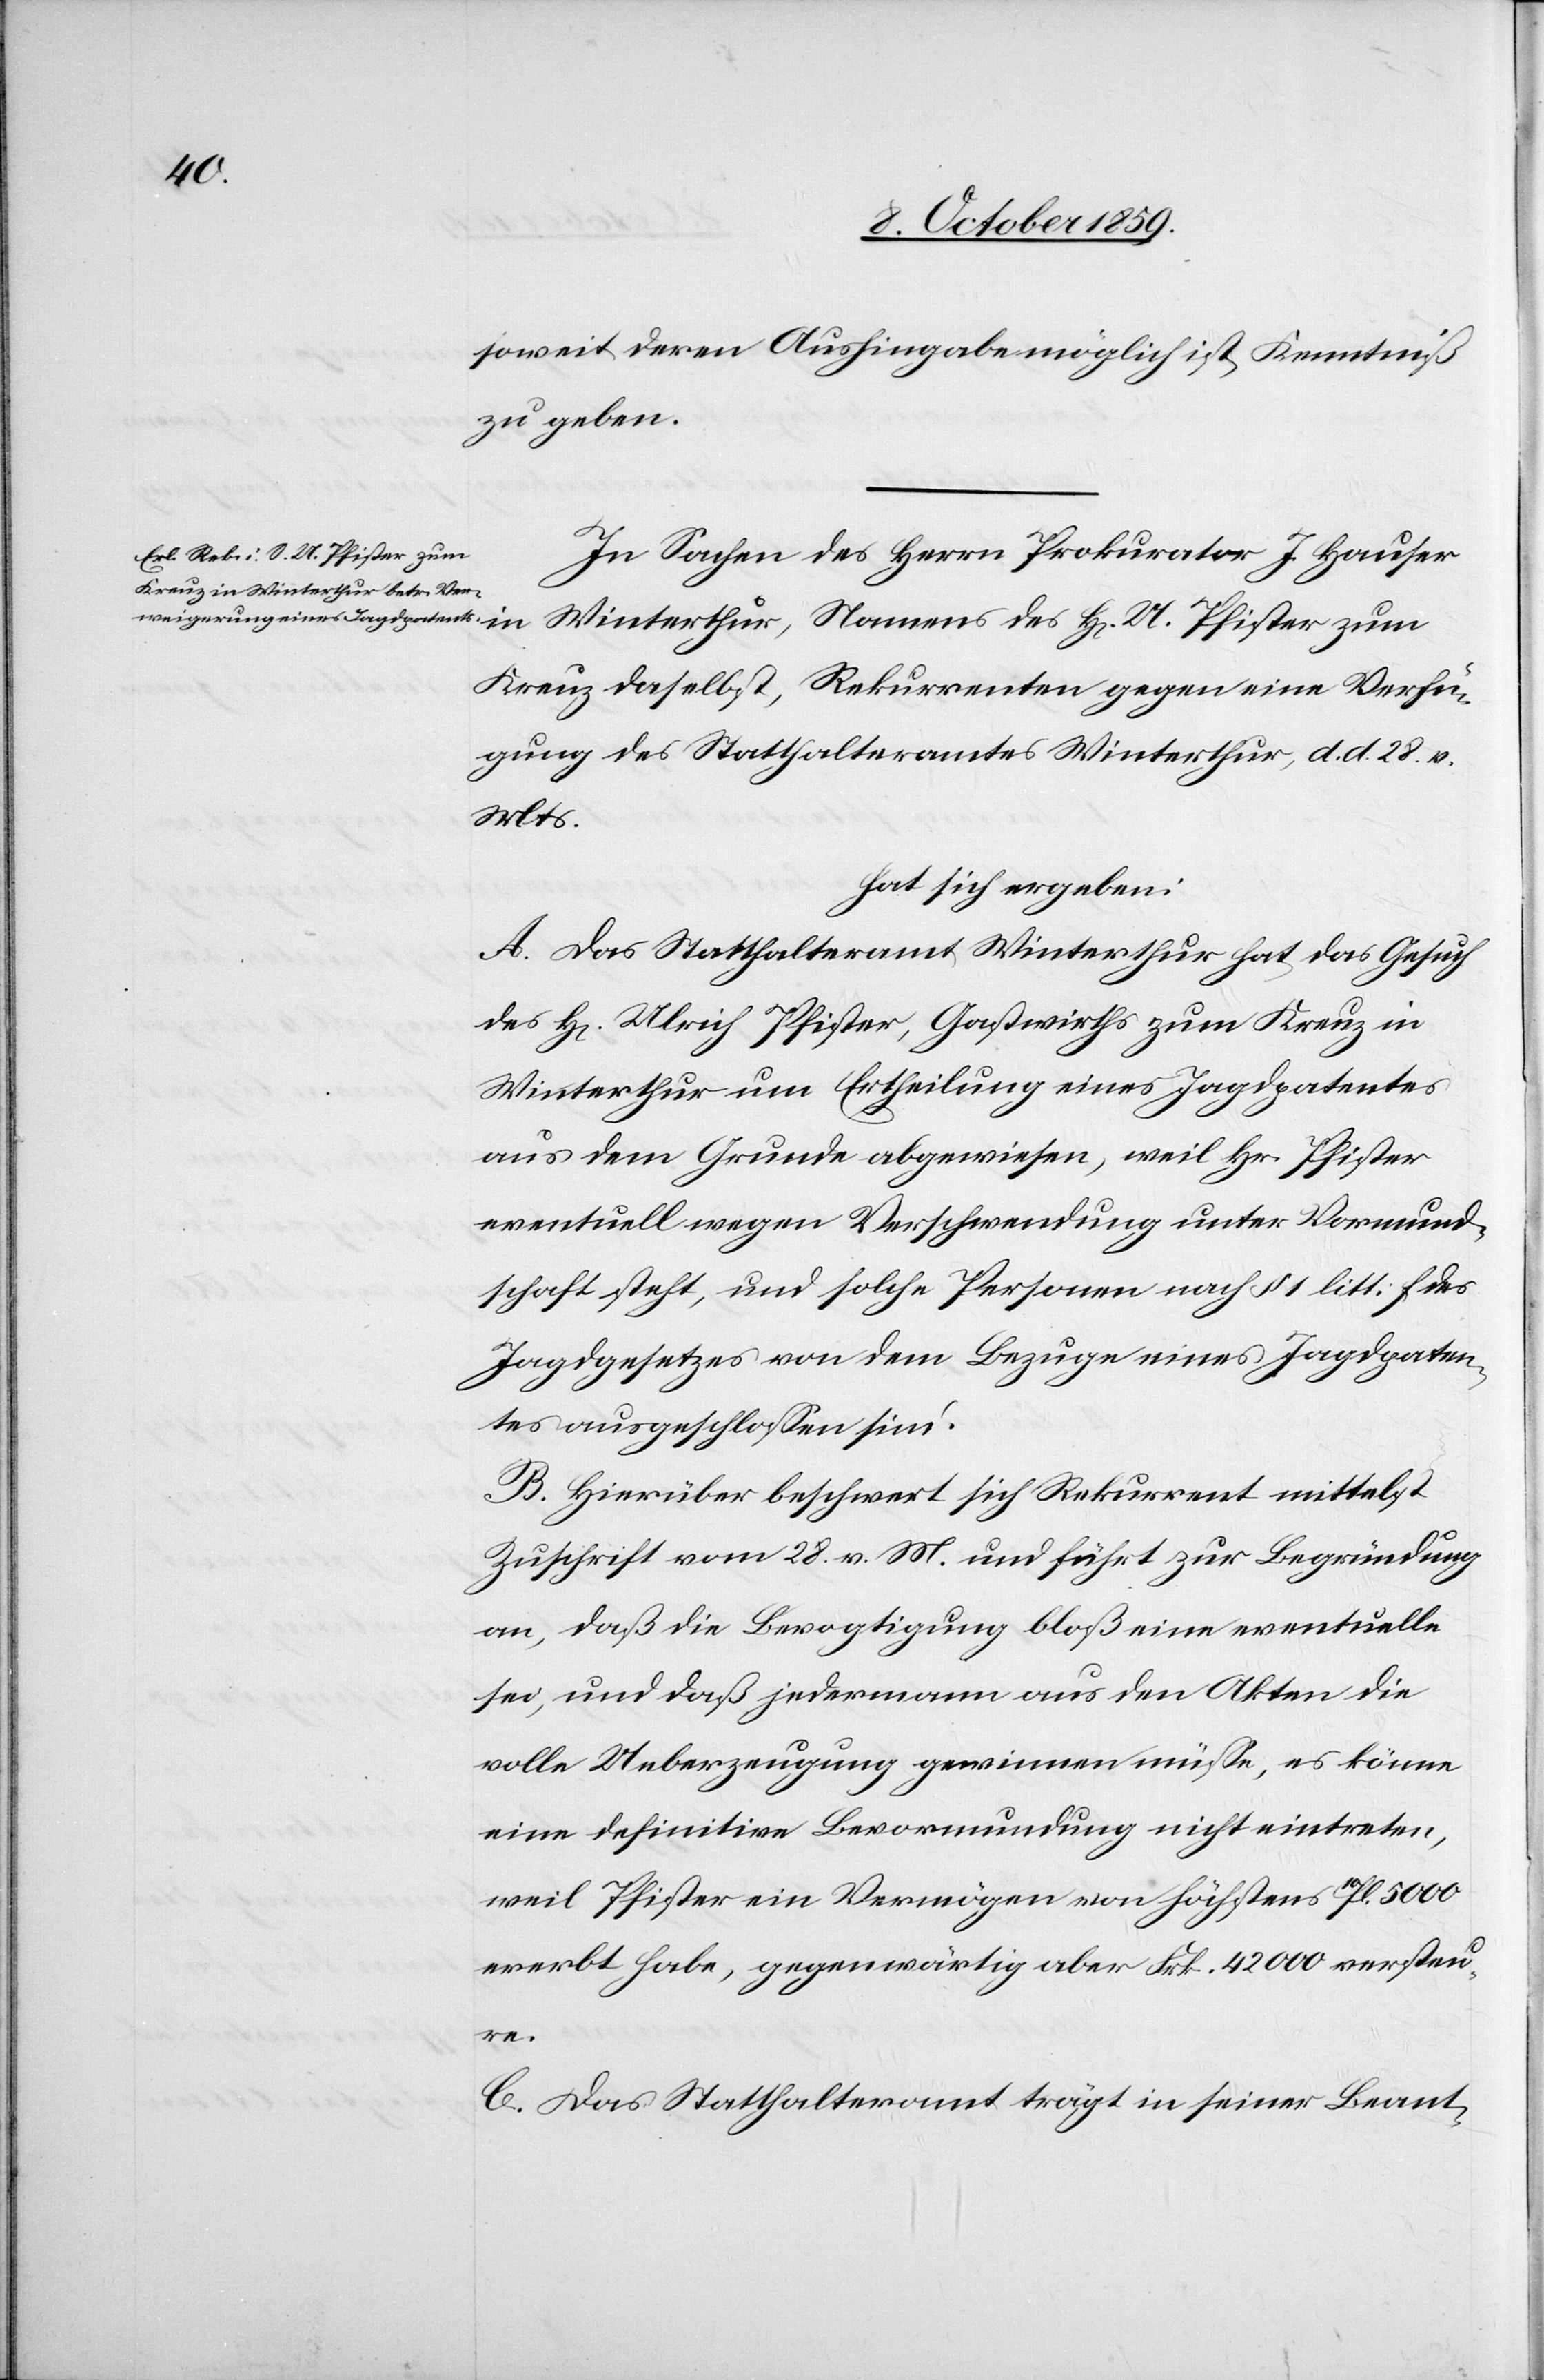
soweit deren Aushingabe möglich ist, Kenntniß
zu geben.
Namens des Hr. U. Pfister zum
In Sachen des Herrn Prokurator J. Hauser
Kreuz daselbst, Rekurrenten gegen eine Verfü¬
gung des Statthalteramtes Winterthur, d. d. 28. v.
Mts.
Hat sich ergeben:
A. Das Statthalteramt Winterthur hat das Gesuch
des H. Ulrich Pfister, Gastwirths zum Kreuz in
Winterthur um Ertheilung eines Jagdpatentes
aus dem Grunde abgewiesen, weil Hr. Pfister
eventuell wegen Verschwendung unter Vormund¬
schaft steht, und solche Personen nach § 1 litt: f. des
Jagdgesetzes von dem Bezuge eines Jagdpaten¬
tes ausgeschlossen sind.
B. Hierüber beschwert sich Rekurrent mittelst
Zuschrift vom 28. v. M. und führt zur Begründung
an, daß die Bevogtigung bloß eine eventuelle
sei, und daß jedermann aus den Akten die
volle Ueberzeugung gewinnen müsse, es könne
eine definitive Bevormundung nicht eintreten,
weil Pfister ein Vermögen von höchstens 10fl. 5000
ererbt habe, gegenwärtig aber Frk. 42000 versteu¬
re.
C. Das Statthalteramt trägt in seiner Beant-